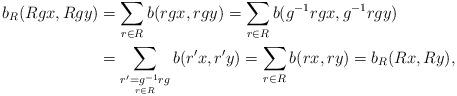
LaTeX: \begin{align*} b_R(Rgx, Rgy) &= \sum_{r \in R} b(rgx, rgy) = \sum_{r\in R} b(g^{-1}rgx, g^{-1}rgy) \\ &= \sum_{\underset{r\in R}{r' = g^{-1}rg}} b(r'x, r'y) = \sum_{r \in R} b(rx,ry) = b_R(Rx,Ry), \end{align*}